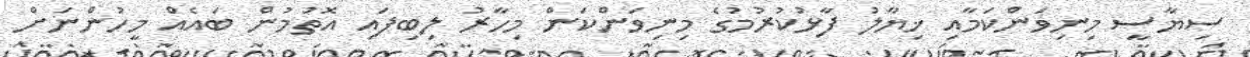
ސިޔާސީ މިނިވަންކަމާއި ޚިޔާލު ފާޅުކުރުމުގެ މިނިވަންކަން މިހާރު ލިބިފައި އޮތުމުން ބައެއް މީހުންނަށް